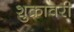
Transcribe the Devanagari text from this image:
शुक्रावरी